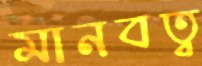
মানবত্ব